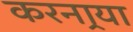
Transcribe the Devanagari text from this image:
करनार्‍या